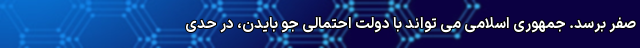
صفر برسد. جمهوری اسلامی می تواند با دولت احتمالی جو بایدن، در حدی